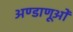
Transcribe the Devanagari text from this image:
अण्डाणूओं